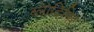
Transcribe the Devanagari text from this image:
ब्लादिमिर